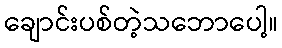
ချောင်းပစ်တဲ့သဘောပေါ့။